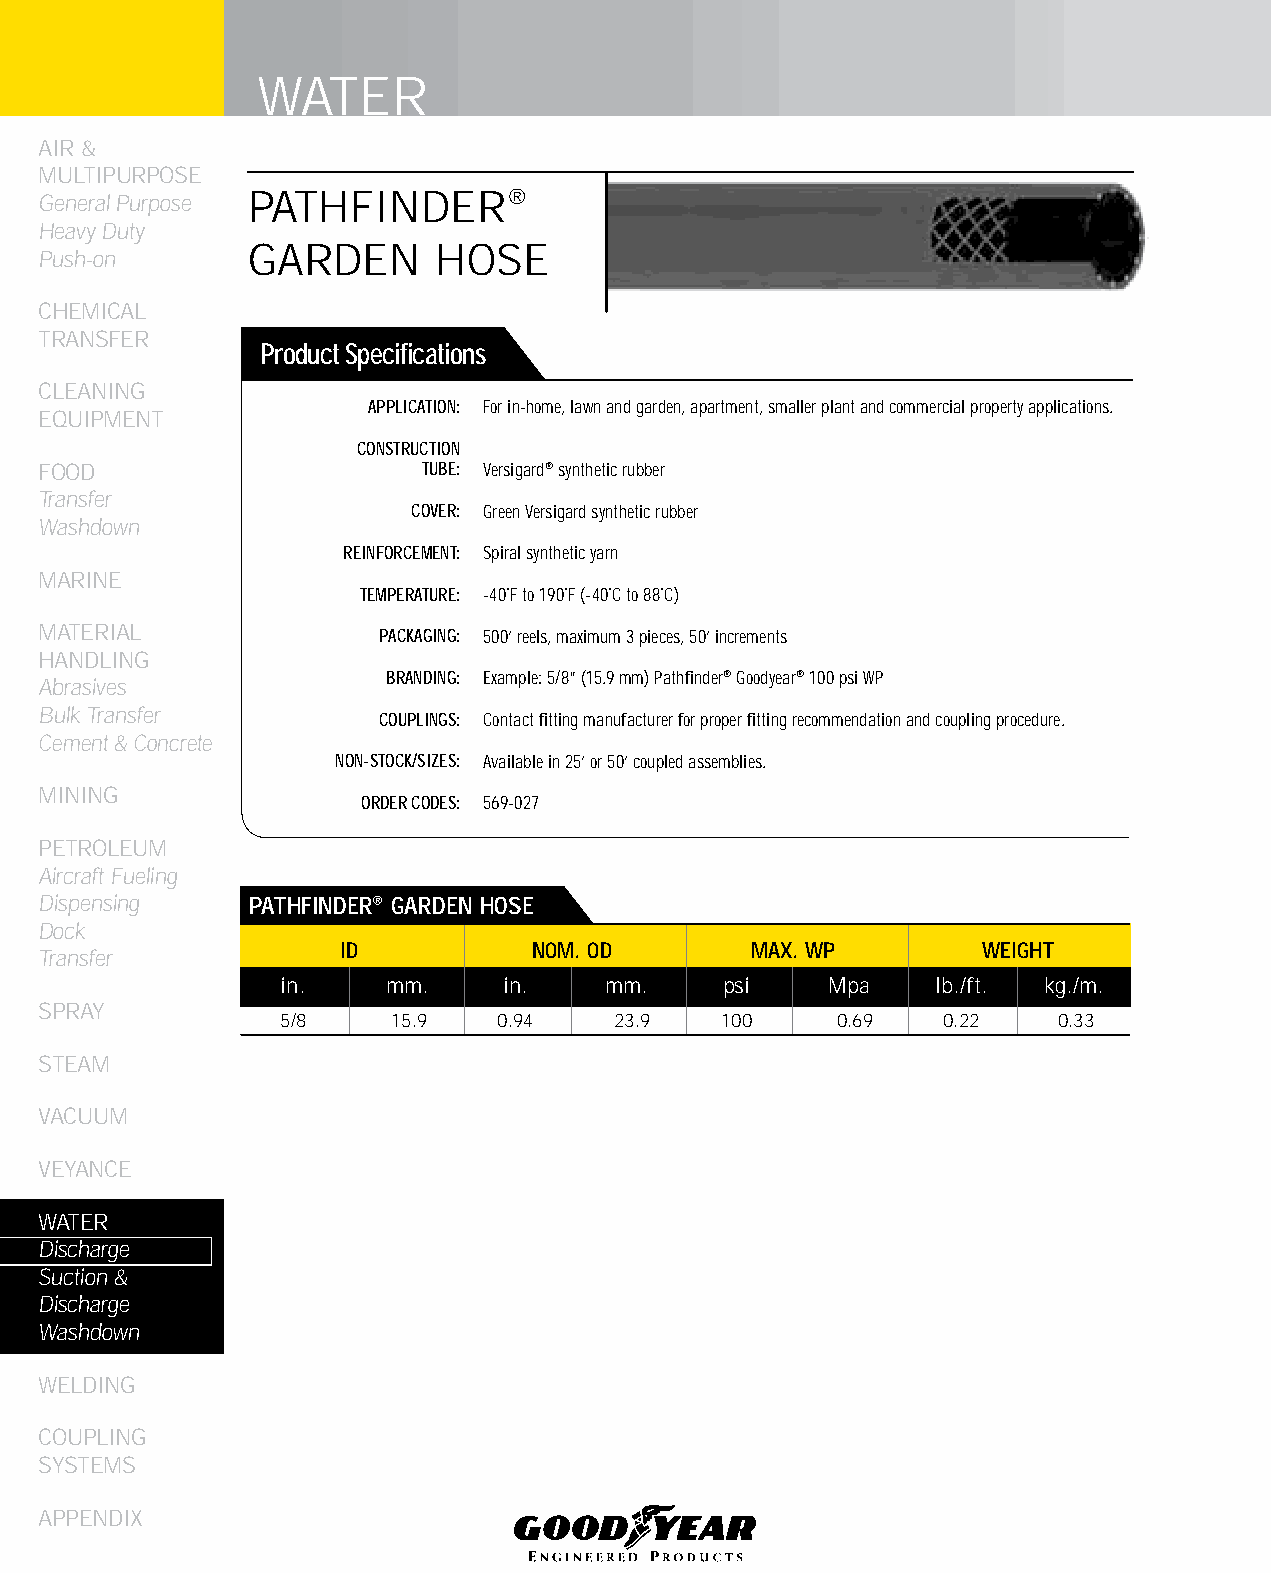
WATER
 AIR &
 MULTIPURPOSE
 General Purpose PATHFINDER®
 Heavy Duty
 GARDEN      HOSE
 Push-on
 CHEMICAL
 TRANSFER
 Product Specifications
 CLEANING
 APPLICATION: For in-home, lawn and garden, apartment, smaller plant and commercial property applications.
 EqUIPMENT
 CONSTRUCTION
 FOOD                     TUBE: Versigard® synthetic rubber
 Transfer
 COVER: Green Versigard synthetic rubber
 Washdown
 REINFORCEMENT: Spiral synthetic yarn
 MARINE
 TEMPERATURE: -40˚F to 190˚F (-40˚C to 88˚C)
 MATERIAL              PACKAGING: 500’ reels, maximum 3 pieces, 50’ increments
 HANDLING
 BRANDING: Example: 5/8” (15.9 mm) Pathfinder® Goodyear® 100 psi WP
 Abrasives
 Bulk Transfer
 COUPLINGS: Contact fitting manufacturer for proper fitting recommendation and coupling procedure.
 Cement & Concrete
 NON-STOCK/SIZES: Available in 25’ or 50’ coupled assemblies.
 MINING
 ORDER CODES: 569-027
 PETROLEUM
 Aircraft Fueling
 Dispensing    PATHfINDER® GARDEN HOSE
 Dock
 ID          NOM. OD        MAX. WP        WEIGHT
 Transfer
 in.    mm.    in.    mm.     psi    Mpa    lb./ft. kg./m.
 SPRAY
 5/8    15.9   0.94    23.9   100    0.69    0.22   0.33
 STEAM
 VACUUM
 VEYANCE
 WATER
 Discharge
 Suction &
 Discharge
 Washdown
 WELDING
 COUPLING
 SYSTEMS
 APPENDIX
 224